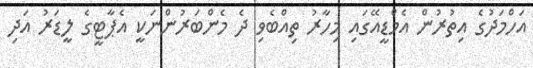
އަހްމަދުގެ އިތުރުން އެމްޑީއޭގައި މިހާރު ތިއްބެވި ދެ މެންބަރުންނަކީ އެޕާޓީގެ ލީޑަރު އަދި